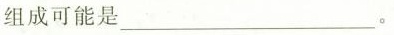
组成可能是___。